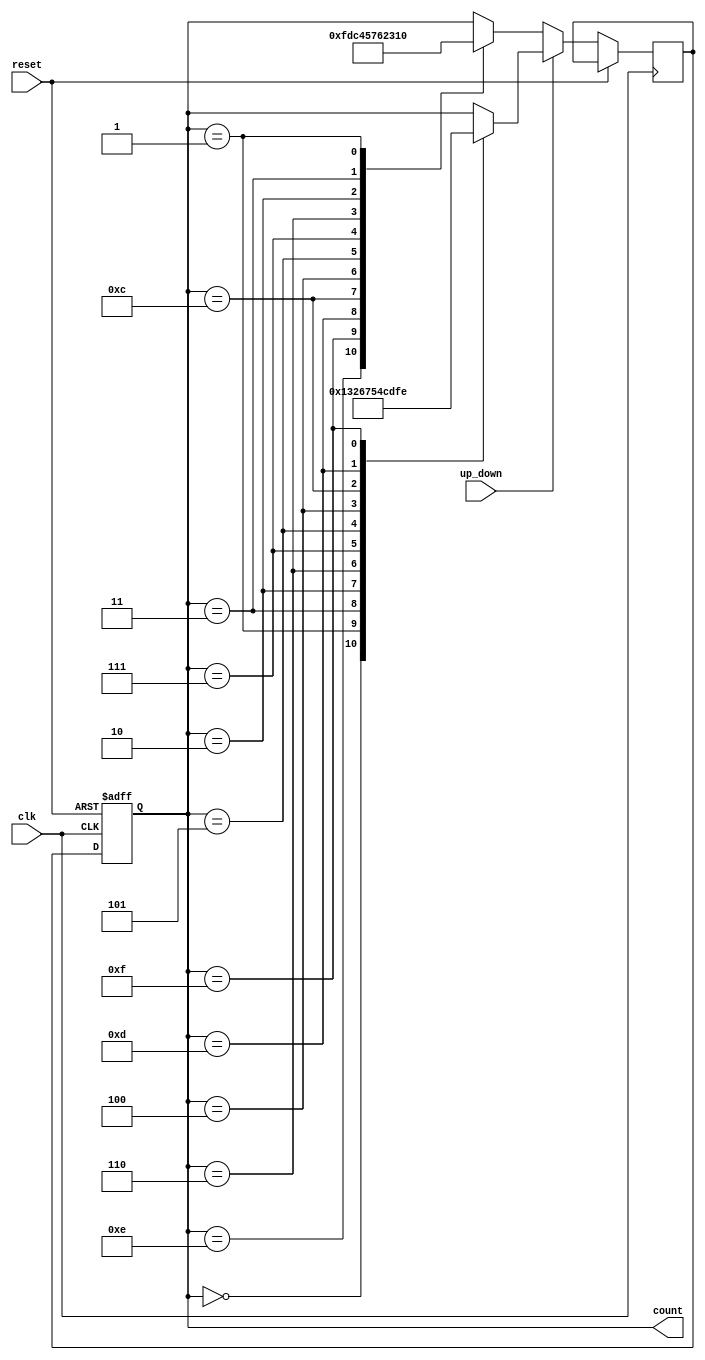
module BidirectionalGrayCounter (
    input wire clk,      // Clock signal
    input wire reset,    // Reset signal
    input wire up_down,  // Control signal to indicate count direction, 0 for down, 1 for up
    output reg [3:0] count   // 4-bit Bidirectional Gray counter output
);

reg [3:0] next_count;

always @ (posedge clk or posedge reset) begin
    if (reset) begin
        count <= 4'b0000;
    end else begin
        if (up_down) begin
            case(count)
                4'b0000: next_count <= 4'b0001;
                4'b0001: next_count <= 4'b0011;
                4'b0011: next_count <= 4'b0010;
                4'b0010: next_count <= 4'b0110;
                4'b0110: next_count <= 4'b0111;
                4'b0111: next_count <= 4'b0101;
                4'b0101: next_count <= 4'b0100;
                4'b0100: next_count <= 4'b1100;
                4'b1100: next_count <= 4'b1101;
                4'b1101: next_count <= 4'b1111;
                4'b1111: next_count <= 4'b1110;
                default: next_count <= count;
            endcase
        end else begin
            case(count)
                4'b1110: next_count <= 4'b1111;
                4'b1111: next_count <= 4'b1101;
                4'b1101: next_count <= 4'b1100;
                4'b1100: next_count <= 4'b0100;
                4'b0100: next_count <= 4'b0101;
                4'b0101: next_count <= 4'b0111;
                4'b0111: next_count <= 4'b0110;
                4'b0110: next_count <= 4'b0010;
                4'b0010: next_count <= 4'b0011;
                4'b0011: next_count <= 4'b0001;
                4'b0001: next_count <= 4'b0000;
                default: next_count <= count;
            endcase
        end
        count <= next_count;
    end
end

endmodule